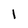
Character: I